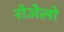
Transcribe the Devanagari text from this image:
रोजेलो